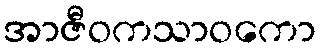
အာဇီဝကသာဝကော